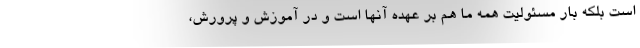
است بلکه بار مسئولیت همه ما هم بر عهده آنها است و در آموزش و پرورش،